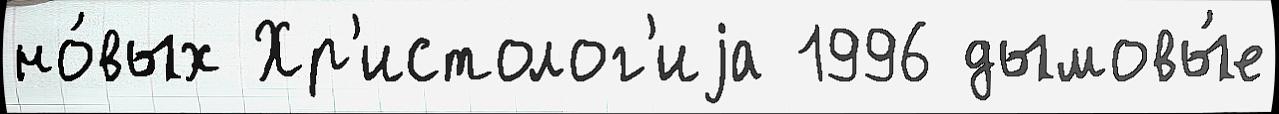
но́вых Хр'истолог'иjа 1996 дымовы́е